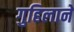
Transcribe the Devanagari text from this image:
गुहिलाने